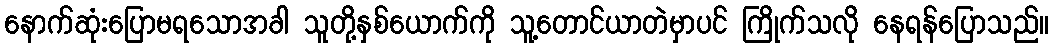
နောက်ဆုံးပြောမရသောအခါ သူတို့နှစ်ယောက်ကို သူ့တောင်ယာတဲမှာပင် ကြိုက်သလို နေရန်ပြောသည်။